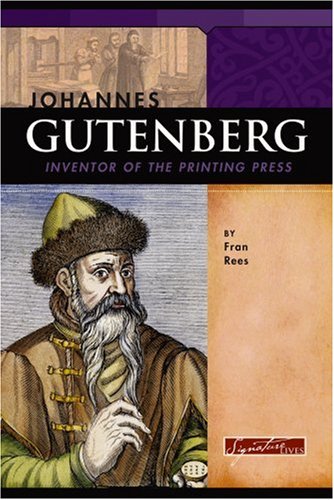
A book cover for Johannes Gutenberg: Inventor of the Printing Press (Signature Lives: Renaissance Era); Fran Rees; Children's Books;